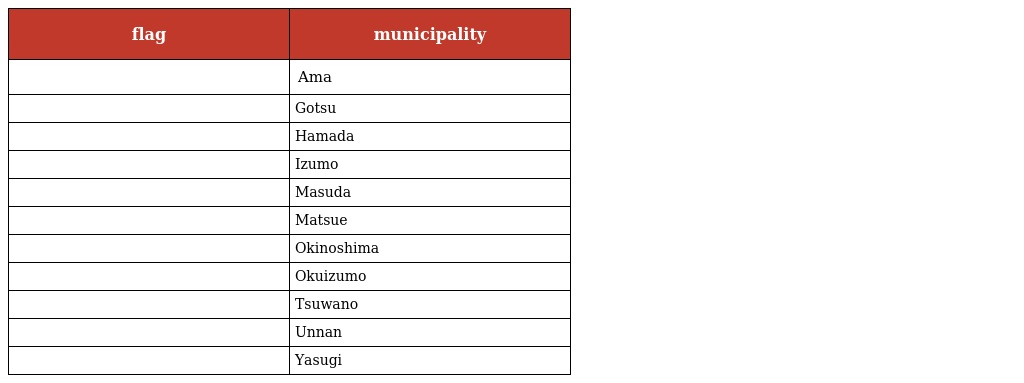
| flag | municipality |
 | --- | --- |
 |  | Ama |
 |  | Gotsu |
 |  | Hamada |
 |  | Izumo |
 |  | Masuda |
 |  | Matsue |
 |  | Okinoshima |
 |  | Okuizumo |
 |  | Tsuwano |
 |  | Unnan |
 |  | Yasugi |